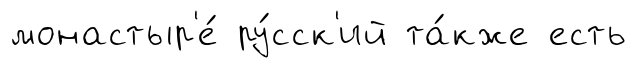
монастыр'е́ ру́сск'ий та́кже есть